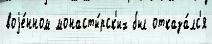
воjе́нном монасты́рск'их был отказа́лс'я